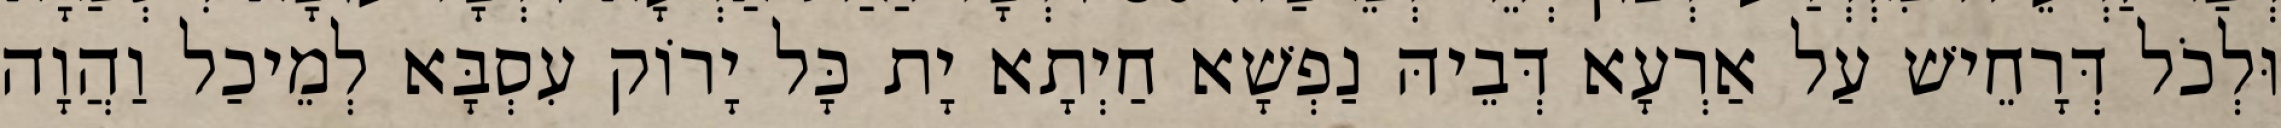
וּלְכֹל דְּרָחֵישׁ עַל אַרְעָא דְּבֵיהּ נַפְשָׁא חַיְתָא יָת כָּל יָרוֹק עִסְבָּא לְמֵיכַל וַהֲוָה